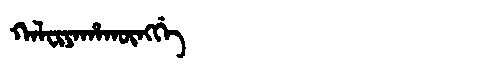
Manchu: ᡴᠠᠯᠸᡳᠶᠠᡥᠠᡴᡡᠩᡤᡝ
Romanization: KALFIYAHAKŪNGGE